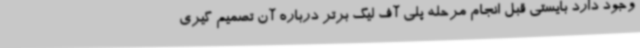
وجود دارد بایستی قبل انجام مرحله پلی آف لیگ برتر درباره آن تصمیم گیری